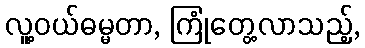
လူ့ဝယ်ဓမ္မတာ, ကြုံတွေ့လာသည့်,